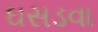
ઘસડવા